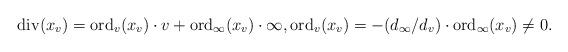
LaTeX: \begin{align*}{\rm div}(x_v)={\rm ord}_v(x_v)\cdot v+{\rm ord}_{\infty}(x_v)\cdot\infty, {\rm ord}_v(x_v)={-(d_\infty/d_v)}\cdot{\rm ord}_\infty(x_v)\ne 0.\end{align*}